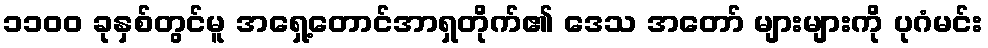
၁၁၀၀ ခုနှစ်တွင်မူ အရှေ့တောင်အာရှတိုက်၏ ဒေသ အတော် များများကို ပုဂံမင်း